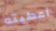
أعطيته